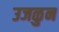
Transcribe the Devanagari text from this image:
उजळुन